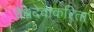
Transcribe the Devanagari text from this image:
वैश्वदेवाकरिता